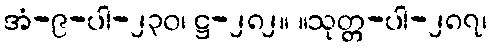
အံ-၉-ပါ-၂၃၀၊ ဋ္ဌ-၂၈၂။ ။သုတ္တ-ပါ-၂၈၇၊